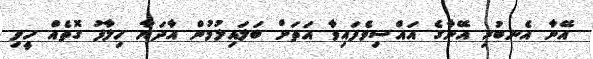
އޭނާ އެނބުރި އޭނާގެ އައްސިވެފައިވާ އަތަށް ބަލައިލުމުން އާދަޔާ ހިލާފު ގޮތެއް ހީވި